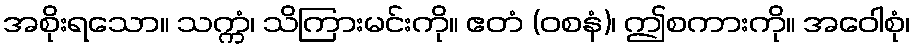
အစိုးရသော။ သက္ကံ၊ သိကြားမင်းကို။ ဧတံ (ဝစနံ)၊ ဤစကားကို။ အဝေါစုံ၊